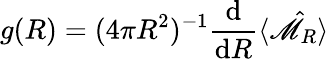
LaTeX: g(R)={(4\pi R^{2}})^{-1}\frac{\mathrm{d}}{\mathrm{d}R}\langle\hat{\mathscr{M}}_{R}\rangle